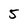
Character: 5